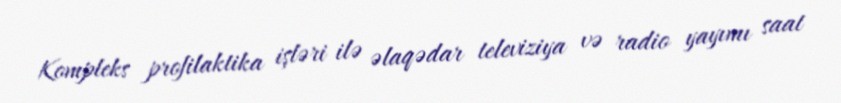
Kompleks profilaktika işləri ilə əlaqədar televiziya və radio yayımı saat